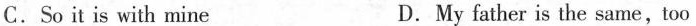
C.So it is with mine D.My father is the same,too